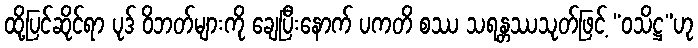
ထို့ပြင်ဆိုင်ရာ ပုဒ် ဝိဘတ်များကို ချေပြီးနောက် ပကတိ စဿ သရန္တဿသုတ်ဖြင့် “ဝသိဋ္ဌ”ဟု